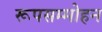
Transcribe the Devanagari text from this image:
रूपसम्मोहन